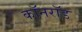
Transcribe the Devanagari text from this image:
कॉनरॉड